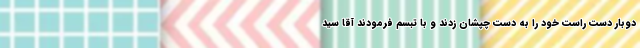
دوبار دست راست خود را به دست چپشان زدند و با تبسم فرمودند آقا سید